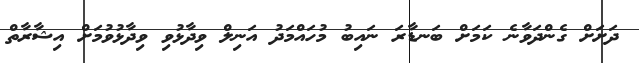
ދަށަށް ގެންދަވާނެ ކަމަށް ބަނޑާރަ ނައިބު މުހައްމަދު އަނިލް ވިދާޅުވި ވިދާޅުވުމަށް އިޝާރާތް